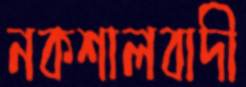
নকশালবাদী